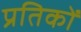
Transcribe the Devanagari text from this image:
प्रतिकों